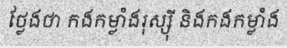
ថ្លែងថា កងកម្លាំងរុស្ស៊ី និងកងកម្លាំង